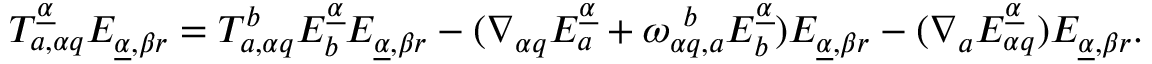
T _ { a , \alpha q } ^ { \underline { { \alpha } } } E _ { \underline { { \alpha } } , \beta r } = T _ { a , \alpha q } ^ { b } E _ { b } ^ { \underline { { \alpha } } } E _ { \underline { { \alpha } } , \beta r } - ( \nabla _ { \alpha q } E _ { a } ^ { \underline { { \alpha } } } + \omega _ { \alpha q , a } ^ { ~ b } E _ { b } ^ { \underline { { \alpha } } } ) E _ { \underline { { \alpha } } , \beta r } - ( \nabla _ { a } E _ { \alpha q } ^ { \underline { { \alpha } } } ) E _ { \underline { { \alpha } } , \beta r } .